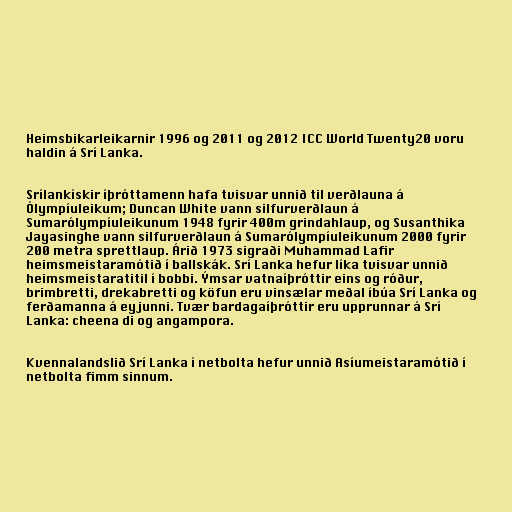
Heimsbikarleikarnir 1996 og 2011 og 2012 ICC World Twenty20 voru
haldin á Srí Lanka.

Srílankískir íþróttamenn hafa tvisvar unnið til verðlauna á
Ólympíuleikum; Duncan White vann silfurverðlaun á
Sumarólympíuleikunum 1948 fyrir 400m grindahlaup, og Susanthika
Jayasinghe vann silfurverðlaun á Sumarólympíuleikunum 2000 fyrir
200 metra sprettlaup. Árið 1973 sigraði Muhammad Lafir
heimsmeistaramótið í ballskák. Srí Lanka hefur líka tvisvar unnið
heimsmeistaratitil í bobbi. Ýmsar vatnaíþróttir eins og róður,
brimbretti, drekabretti og köfun eru vinsælar meðal íbúa Srí Lanka og
ferðamanna á eyjunni. Tvær bardagaíþróttir eru upprunnar á Srí
Lanka: cheena di og angampora.

Kvennalandslið Srí Lanka í netbolta hefur unnið Asíumeistaramótið í
netbolta fimm sinnum.